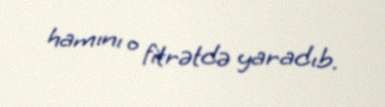
hamını o fitrətdə yaradıb.